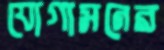
যোগাসনের